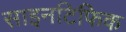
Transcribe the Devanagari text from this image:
साइनटिफिक